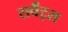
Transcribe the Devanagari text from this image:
सर्वैंट्स